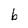
Character: b